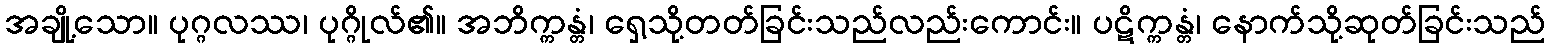
အချို့သော။ ပုဂ္ဂလဿ၊ ပုဂ္ဂိုလ်၏။ အဘိက္ကန္တံ၊ ရှေ့သို့တတ်ခြင်းသည်လည်းကောင်း။ ပဋိက္ကန္တံ၊ နောက်သို့ဆုတ်ခြင်းသည်